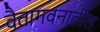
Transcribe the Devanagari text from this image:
वैतागवनातील